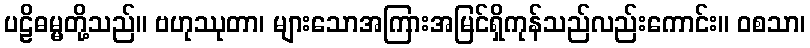
ပဠိဓမ္မတို့သည်။ ဗဟုဿုတာ၊ များသောအကြားအမြင်ရှိကုန်သည်လည်းကောင်း။ ဝစသာ၊